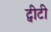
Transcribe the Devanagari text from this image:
ट्वीटी